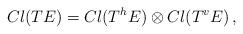
LaTeX: \begin{align*} Cl(TE)=Cl(T^hE) \otimes Cl(T^vE) \, ,\end{align*}